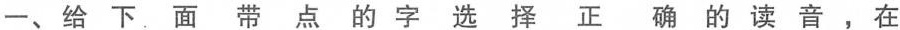
一、给下面带点的字选择正确 的 读 音，在